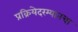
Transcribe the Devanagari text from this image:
प्रक्रियेदरम्यानचा